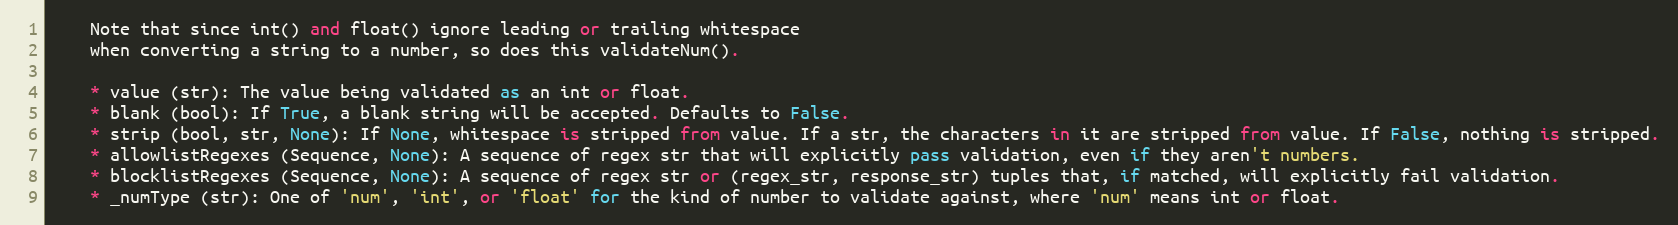
Language: Python
    Note that since int() and float() ignore leading or trailing whitespace
    when converting a string to a number, so does this validateNum().

    * value (str): The value being validated as an int or float.
    * blank (bool): If True, a blank string will be accepted. Defaults to False.
    * strip (bool, str, None): If None, whitespace is stripped from value. If a str, the characters in it are stripped from value. If False, nothing is stripped.
    * allowlistRegexes (Sequence, None): A sequence of regex str that will explicitly pass validation, even if they aren't numbers.
    * blocklistRegexes (Sequence, None): A sequence of regex str or (regex_str, response_str) tuples that, if matched, will explicitly fail validation.
    * _numType (str): One of 'num', 'int', or 'float' for the kind of number to validate against, where 'num' means int or float.